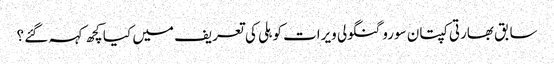
سابق بھارتی کپتان سورو گنگولی ویرات کوہلی کی تعریف میں کیا کچھ کہہ گئے ؟